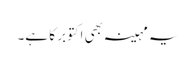
یہ مہینہ بھی اکتوبر کا ہے۔